65_HS1-834228961_62-HQ-83894_Section_2
Agency: FBI
Page 124
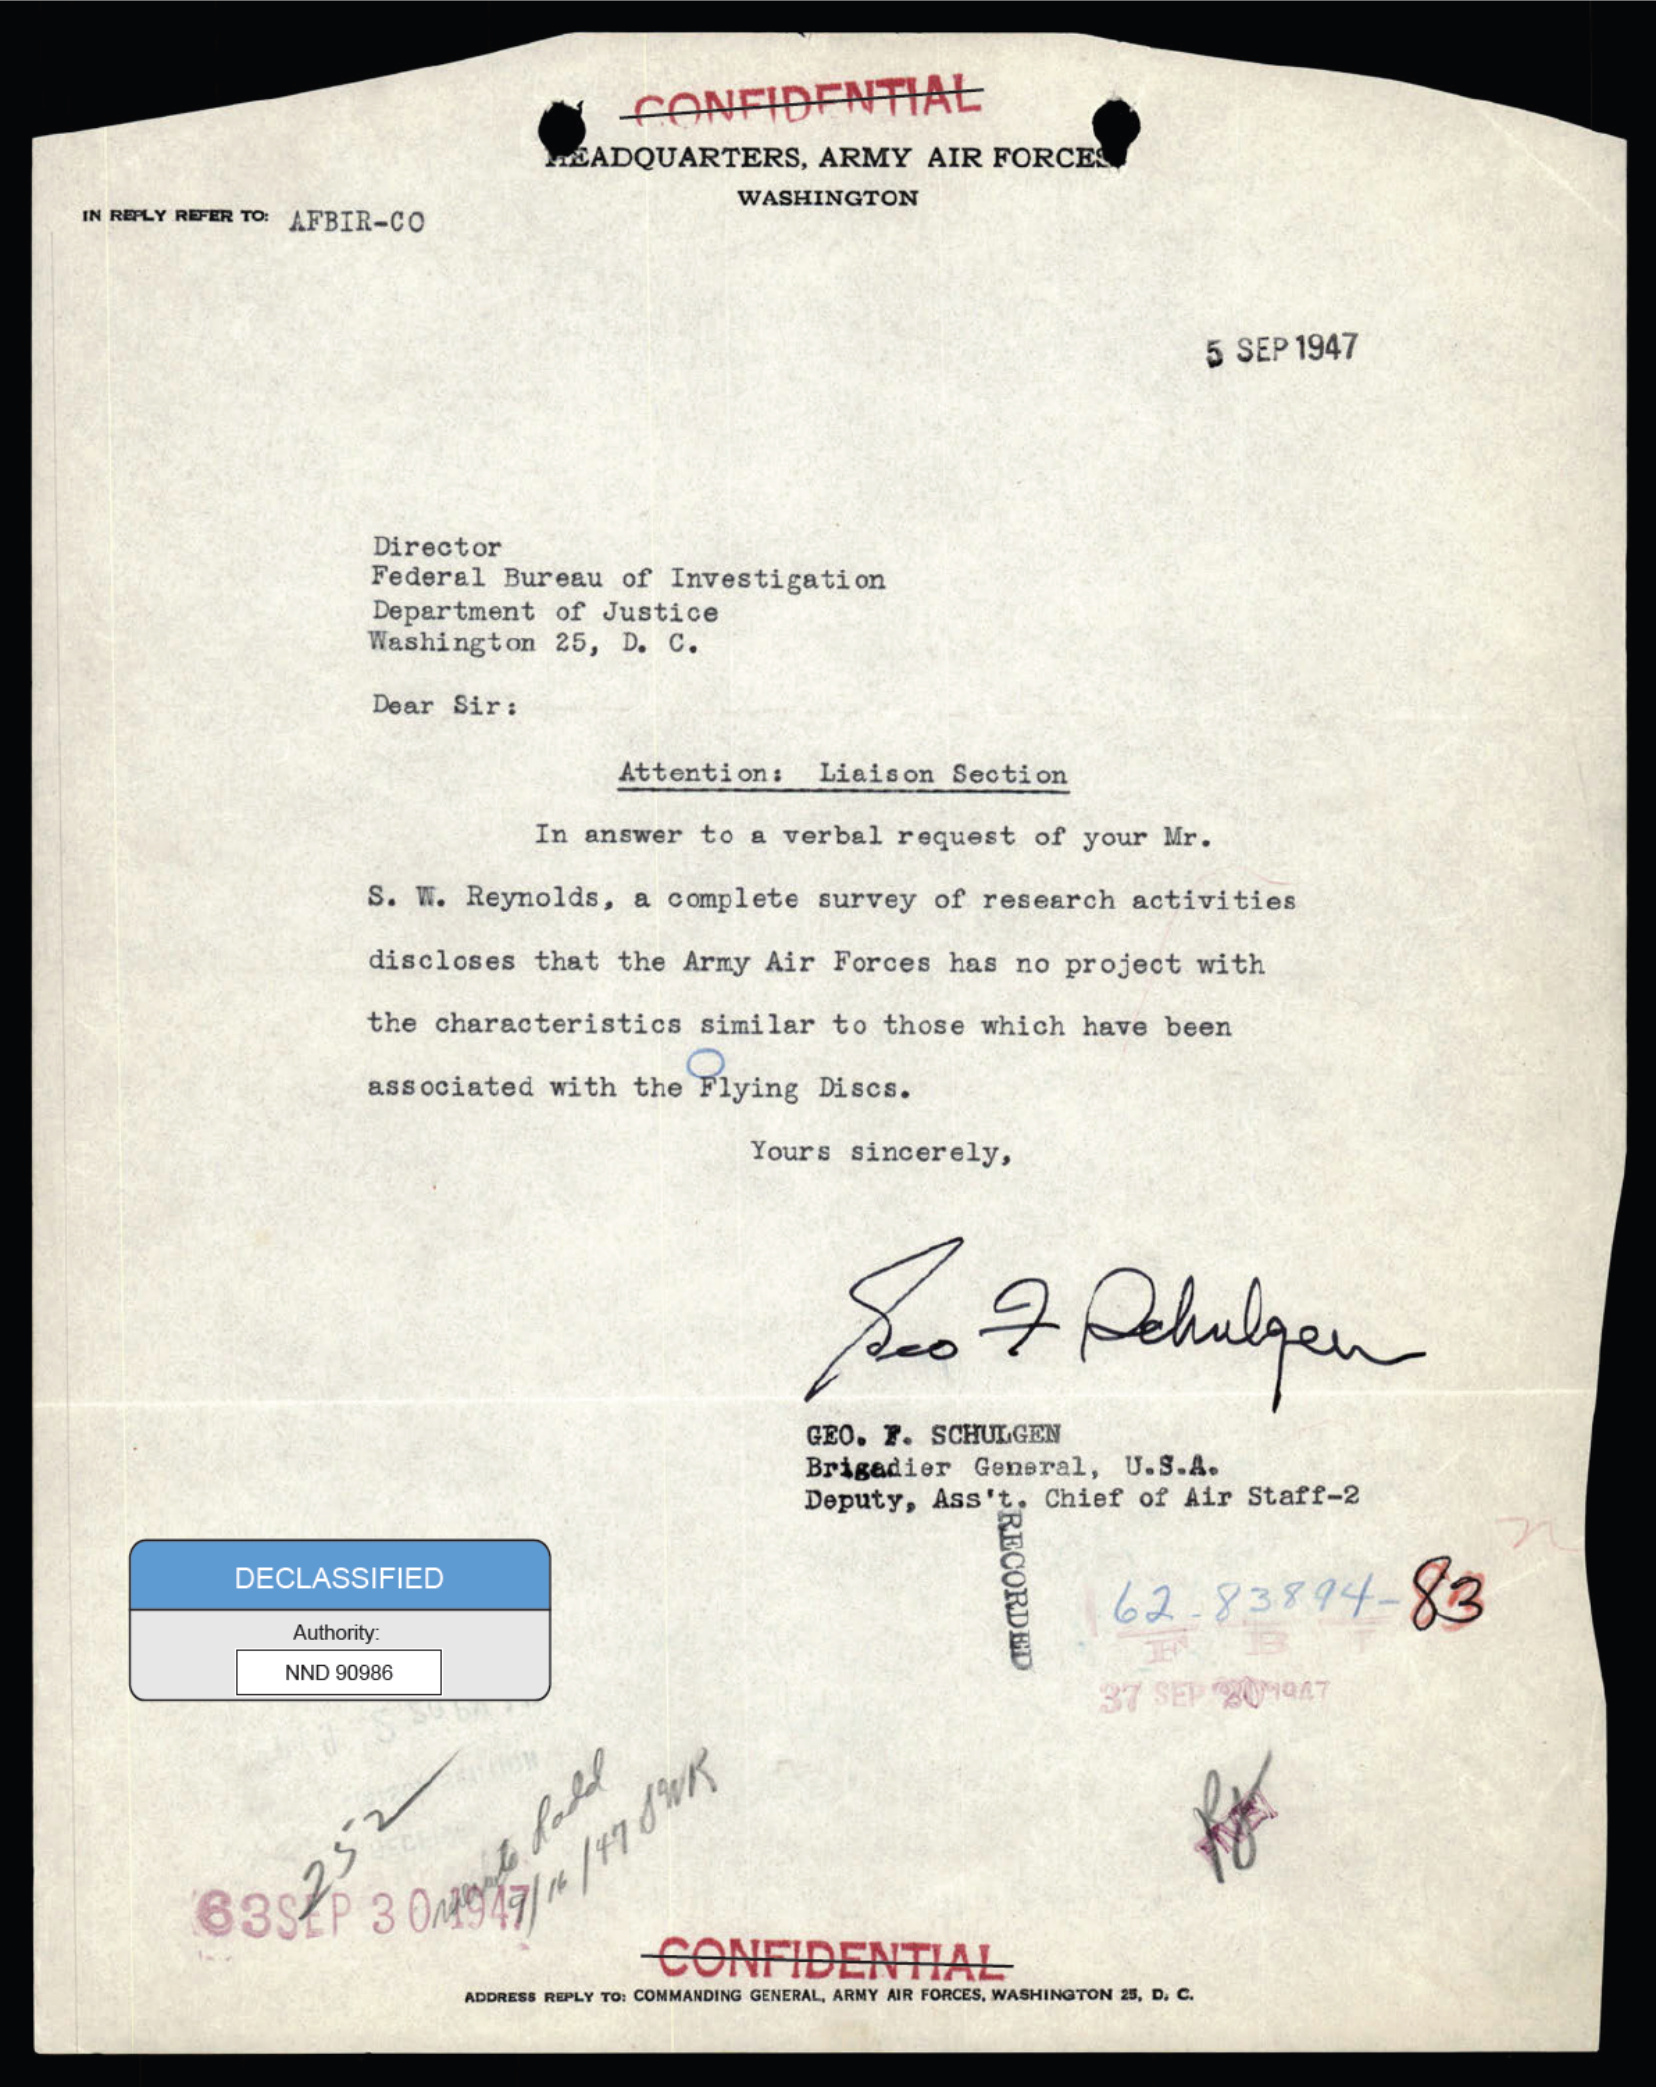